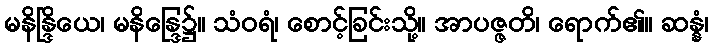
မနိန္ဒြိယေ၊ မနိန္ဒြေ၌။ သံဝရံ၊ စောင့်ခြင်းသို့။ အာပဇ္ဇတိ၊ ရောက်၏။ ဆန္နံ၊